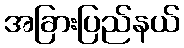
အခြားပြည်နယ်